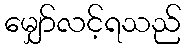
မျှော်လင့်ရသည်